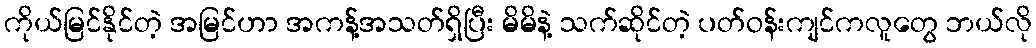
ကိုယ်မြင်နိုင်တဲ့ အမြင်ဟာ အကန့်အသတ်ရှိပြီး မိမိနဲ့ သက်ဆိုင်တဲ့ ပတ်ဝန်းကျင်ကလူတွေ ဘယ်လို